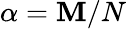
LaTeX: \alpha=\mathbf{M}/N